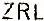
ZRL